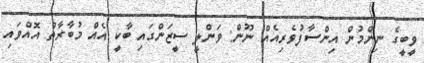
ވީބީގެ ނިންމުން އިންސާފުވެރިއެއް ނޫން: ވަންލީ ސީޒަންގައި ބާކީ އެއް މުބާރާތް އޮއްވައި